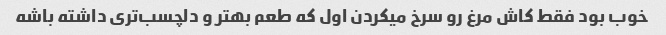
خوب بود فقط کاش مرغ رو سرخ میکردن اول که طعم بهتر و دلچسب‌تری داشته باشه